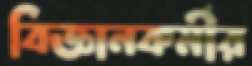
বিজ্ঞানকর্মীর